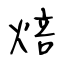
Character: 焙